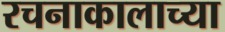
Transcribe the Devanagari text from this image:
रचनाकालाच्या